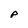
Character: p